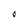
Character: O